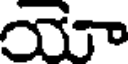
యా